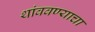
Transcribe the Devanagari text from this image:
थांववण्याचा